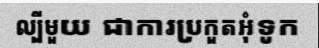
ល្បីមួយ ជាការប្រកួតអុំទូក